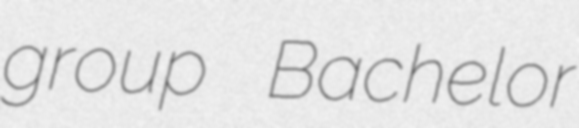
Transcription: group Bachelor